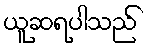
ယူဆရပါသည်